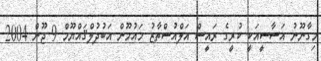
މިގާނޫނު އަސާސީއަކީ ކުރީގެ ރައީސް އަލްއުސްތާޒު މައުމޫން އަބުދުލްޤައްޔޫމް 9 ޖޫން 2004